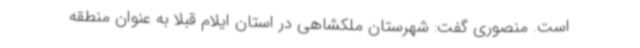
است. منصوری گفت: شهرستان ملکشاهی در استان ایلام قبلا به عنوان منطقه